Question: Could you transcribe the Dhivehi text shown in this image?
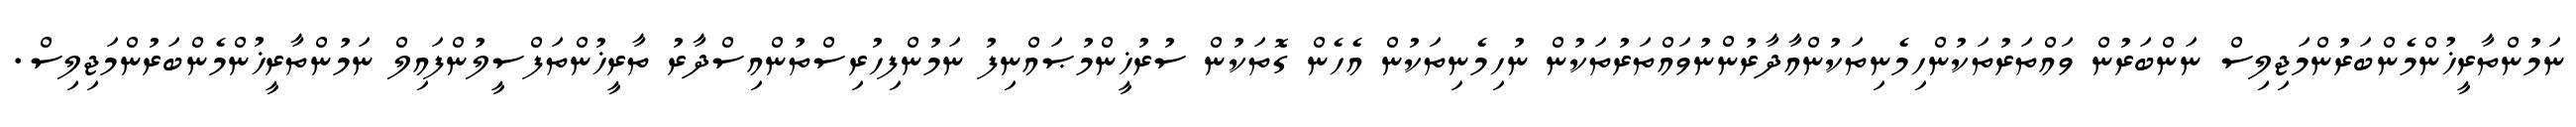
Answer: ނަމުންތާރީޚުންމެންބަރުންމަޖިލިސް ނަންބަރުން ވައްތަރުތަކުންހިމެނިތަކުންއާދާރުންނުވައްތަރުތަކުން ނުހިމެނިތަކުން އެހެން ގޮތަކުން ސުރުޚީންމުޞައްނިފު ނަމުންފިހުރިސްތުންއިސްދާރު ތާރީޚުންތަފްސީލުންފައިލް ނަމުންތާރީޚުންމެންބަރުންމަޖިލިސް.